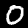
Digit: 0